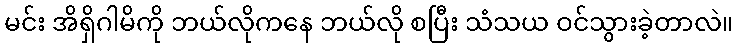
မင်း အိရှိဂါမိကို ဘယ်လိုကနေ ဘယ်လို စပြီး သံသယ ဝင်သွားခဲ့တာလဲ။